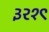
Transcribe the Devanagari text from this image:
३२१९